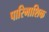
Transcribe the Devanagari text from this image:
पारिभाशिक